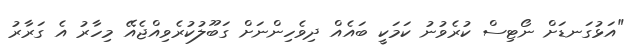
"އަޅުގަނޑަށް ނޯޓިިސް ކުރެވުނު ކަމަކީ ބައެއް ދިވެހިންނަަށް ގަބޫލުކުރެވިއްޖެއޭ މިހާރު އެ ގަރާރު